Report on vaccination in Madras 1877-1894 - 1877-1894
Year: 1877
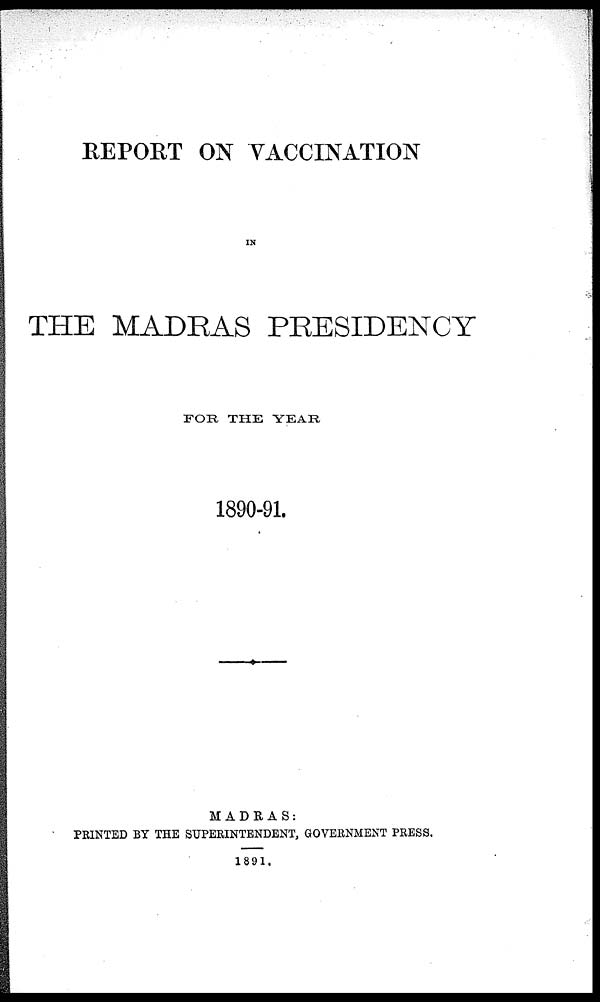
REPORT ON VACCINATION
IN
THE MADRAS PRESIDENCY
FOR THE YEAR
1890-91.
MADRAS:
PRINTED BY THE SUPERINTENDENT, GOVERNMENT PRESS.
1891.